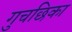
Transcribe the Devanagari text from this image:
गुचछिका